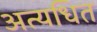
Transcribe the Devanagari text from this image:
अत्यधित